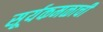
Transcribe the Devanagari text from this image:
सूर्यकमळाची